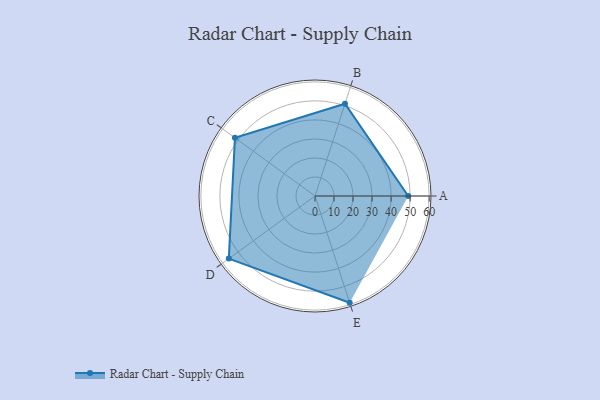
{"axis": {"x": "Skill", "y": "Score"}, "legend": ["Profile"], "data": [{"x": "A", "y": 49.0, "type": "Profile"}, {"x": "B", "y": 51.0, "type": "Profile"}, {"x": "C", "y": 52.0, "type": "Profile"}, {"x": "D", "y": 56.0, "type": "Profile"}, {"x": "E", "y": 59.0, "type": "Profile"}]}